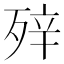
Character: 𰚀